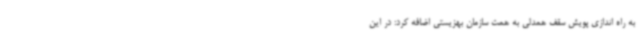
به راه اندازی پویش سقف همدلی به همت سازمان بهزیستی اضافه کرد: در این